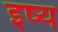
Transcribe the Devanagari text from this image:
इष्य